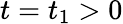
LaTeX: t=t_{1}>0